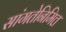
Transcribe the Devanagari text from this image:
सांगतेनिमित्त